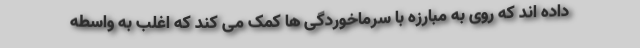
داده اند که روی به مبارزه با سرماخوردگی ها کمک می کند که اغلب به واسطه